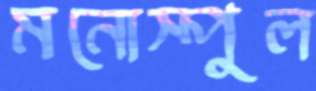
মনোস্পুল